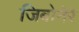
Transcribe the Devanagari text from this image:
जिबोनेरे